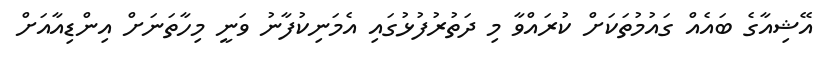
އޭޝިއާގެ ބައެއް ގައުމުތަކަށް ކުރައްވާ މި ދަތުރުފުޅުގައި އެމަނިކުފާނު ވަނީ މިހާތަނަށް އިންޑިއާއަށް